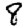
Digit: 8